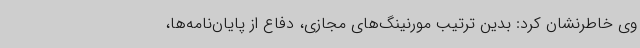
وی خاطرنشان کرد: بدین ترتیب مورنینگ‌های مجازی، دفاع از پایان‌نامه‌ها،